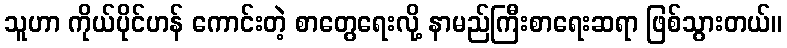
သူဟာ ကိုယ်ပိုင်ဟန် ကောင်းတဲ့ စာတွေရေးလို့ နာမည်ကြီးစာရေးဆရာ ဖြစ်သွားတယ်။